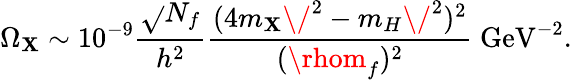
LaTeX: \Omega_{\mathbf{X}}\sim10^{-9}{\frac{{\sqrt{}{{N_{f}}}}}{{h^{2}}}}{\frac{{(4m_{\mathbf{X}}\/ ^{2}-m_{H}\/ ^{2})^{2}}}{{(\rhom_{f})^{2}}}}\mathrm{{~GeV}}^{-2}.